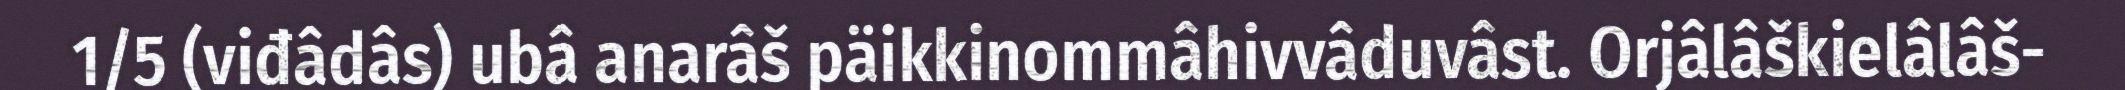
1/5 (viđâdâs) ubâ anarâš päikkinommâhivvâduvâst. Orjâlâškielâlâš-